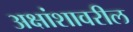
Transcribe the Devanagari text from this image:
अक्षांशावरील